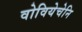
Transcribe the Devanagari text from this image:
वोवियेचेनि